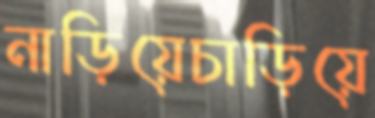
নাড়িয়েচাড়িয়ে